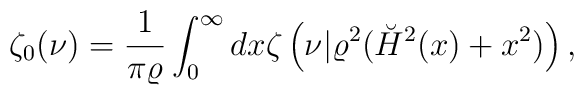
\zeta_0(\nu)={1 \over \pi\varrho}\int_0^\infty dx\zeta\left(\nu|\varrho^2 (\breve{H}^2(x)+x^2)\right),